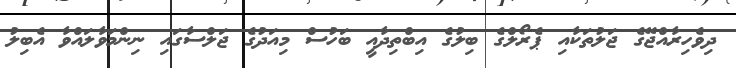
ދިވެހިރާއްޖޭގެ ޖަލުތަކާއި ޕެރޯލްގެ ބިލުގެ އިބްތިދާއީ ބަހުސް މިއަދުގެ ޖަލްސާގައި ނިންމަވާލައްވާ އެބިލު